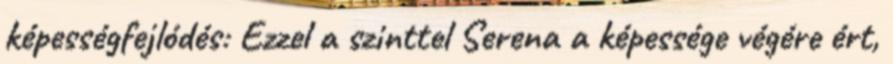
képességfejlódés: Ezzel a szinttel Serena a képessége végére ért,